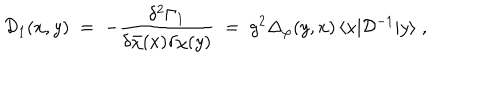
LaTeX: { \mathcal D } _ { 1 } ( x , y ) \; = \; - \frac { \delta ^ { 2 } \Gamma _ { 1 } } { \delta { \bar { \chi } } ( x ) \delta \chi ( y ) } \; = \; g ^ { 2 } \Delta _ { \varphi } ( y , x ) \, \langle x | { \mathcal D } ^ { - 1 } | y \rangle \; ,